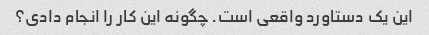
این یک دستاورد واقعی است. چگونه این کار را انجام دادی؟